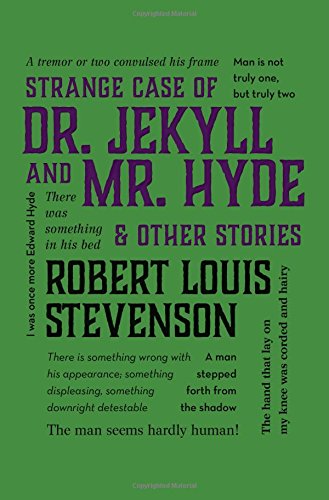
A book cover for The Strange Case of Dr. Jekyll and Mr. Hyde & Other Stories (Word Cloud Classics); Robert Louis Stevenson; Literature & Fiction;